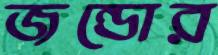
জন্ডোর